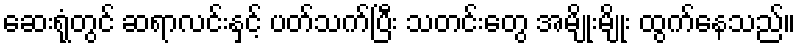
ဆေးရုံတွင် ဆရာလင်းနှင့် ပတ်သက်ပြီး သတင်းတွေ အမျိုးမျိုး ထွက်နေသည်။